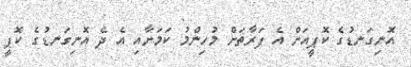
އޮނިގަނޑުގެ ކޮޕީއަށް އެ ފަރާތަށް މުހިންމު ކަމަށާއި އެ ދެ އޮނިގަނޑުގެ ކޮޕީ